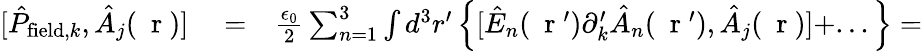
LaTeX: \begin{array}{rlr}{[\hat{P}_{\mathrm{field},k},\hat{A}_{j}(\mathrm{~\mathbf~r~})]}&{{}=}&{\frac{\epsilon_{0}}{2}\sum_{n=1}^{3}\int d^{3}r^{\prime}\left\{ [\hat{E}_{n}(\mathrm{~\mathbf~r~}^{\prime})\partial_{k}^{\prime}\hat{A}_{n}(\mathrm{~\mathbf~r~}^{\prime}),\hat{A}_{j}(\mathrm{~\mathbf~r~})]+...\right\} =}\end{array}